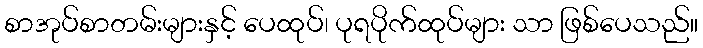
စာအုပ်စာတမ်းများနှင့် ပေထုပ်၊ ပုရပိုက်ထုပ်များ သာ ဖြစ်ပေသည်။